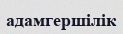
адамгершілік